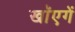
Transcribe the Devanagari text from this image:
खाॅएगें